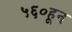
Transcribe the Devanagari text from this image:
५६०हून